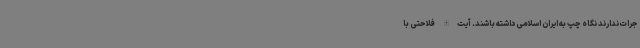
جرات ندارند نگاه چپ به ایران اسلامی داشته باشند. آیت‌الله فلاحتی با